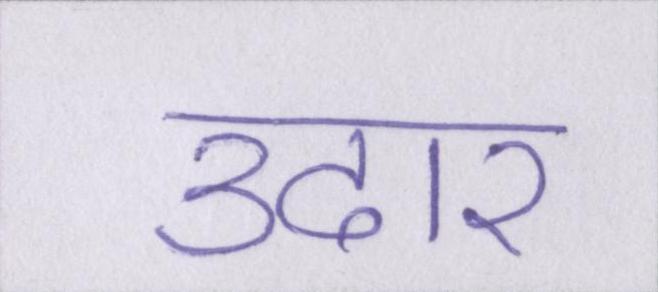
उदार